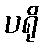
ပရို